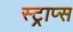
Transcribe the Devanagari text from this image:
स्ट्राप्स